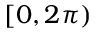
[ 0 , 2 \pi )